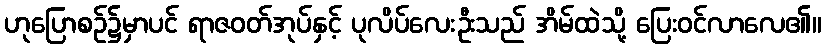
ဟုပြောစဉ်၌မှာပင် ရာဇဝတ်အုပ်နှင့် ပုလိပ်လေးဦးသည် အိမ်ထဲသို့ ပြေးဝင်လာလေ၏။